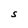
Character: S